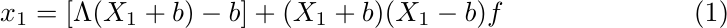
 \begin{equation}
     x_1=[\Lambda(X_1+b)-b]+(X_1+b)(X_1-b)f
 \end{equation}